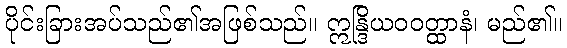
ပိုင်းခြားအပ်သည်၏အဖြစ်သည်။ ဣန္ဒြိယဝဝတ္ထာနံ၊ မည်၏။